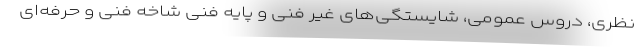
نظری، دروس عمومی، شایستگی‌های غیر فنی و پایه فنی شاخه فنی و حرفه‌ای